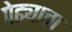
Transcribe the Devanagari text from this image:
पेढ्याचा